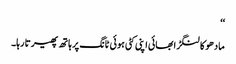
‘‘
مادھو کا لنگڑا بھائی اپنی کٹی ہوئی ٹانگ پر ہاتھ پھیرتا رہا۔